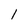
Character: 1